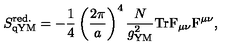
S _ { \mathrm { q Y M } } ^ { \mathrm { r e d . } } = - { \frac { 1 } { 4 } } \left( { \frac { 2 \pi } { a } } \right) ^ { 4 } { \frac { N } { g _ { \mathrm { Y M } } ^ { 2 } } } \mathrm { T r } { \mathrm { \boldmath { F } } } _ { \mu \nu } { \mathrm { \boldmath { F } } } ^ { \mu \nu } ,